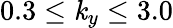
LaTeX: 0.3\le\mathit{k}_{y}\le3.0